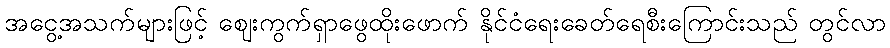
အငွေ့အသက်များဖြင့် ဈေးကွက်ရှာဖွေထိုးဖောက် နိုင်ငံရေးခေတ်ရေစီးကြောင်းသည် တွင်လာ